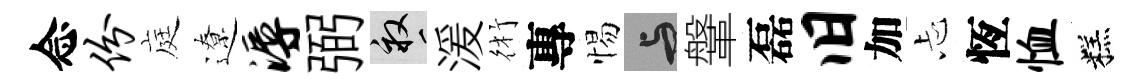
念份庭遼溽弼畝湲術專惕与鞶磊旧加忐恆恤糕